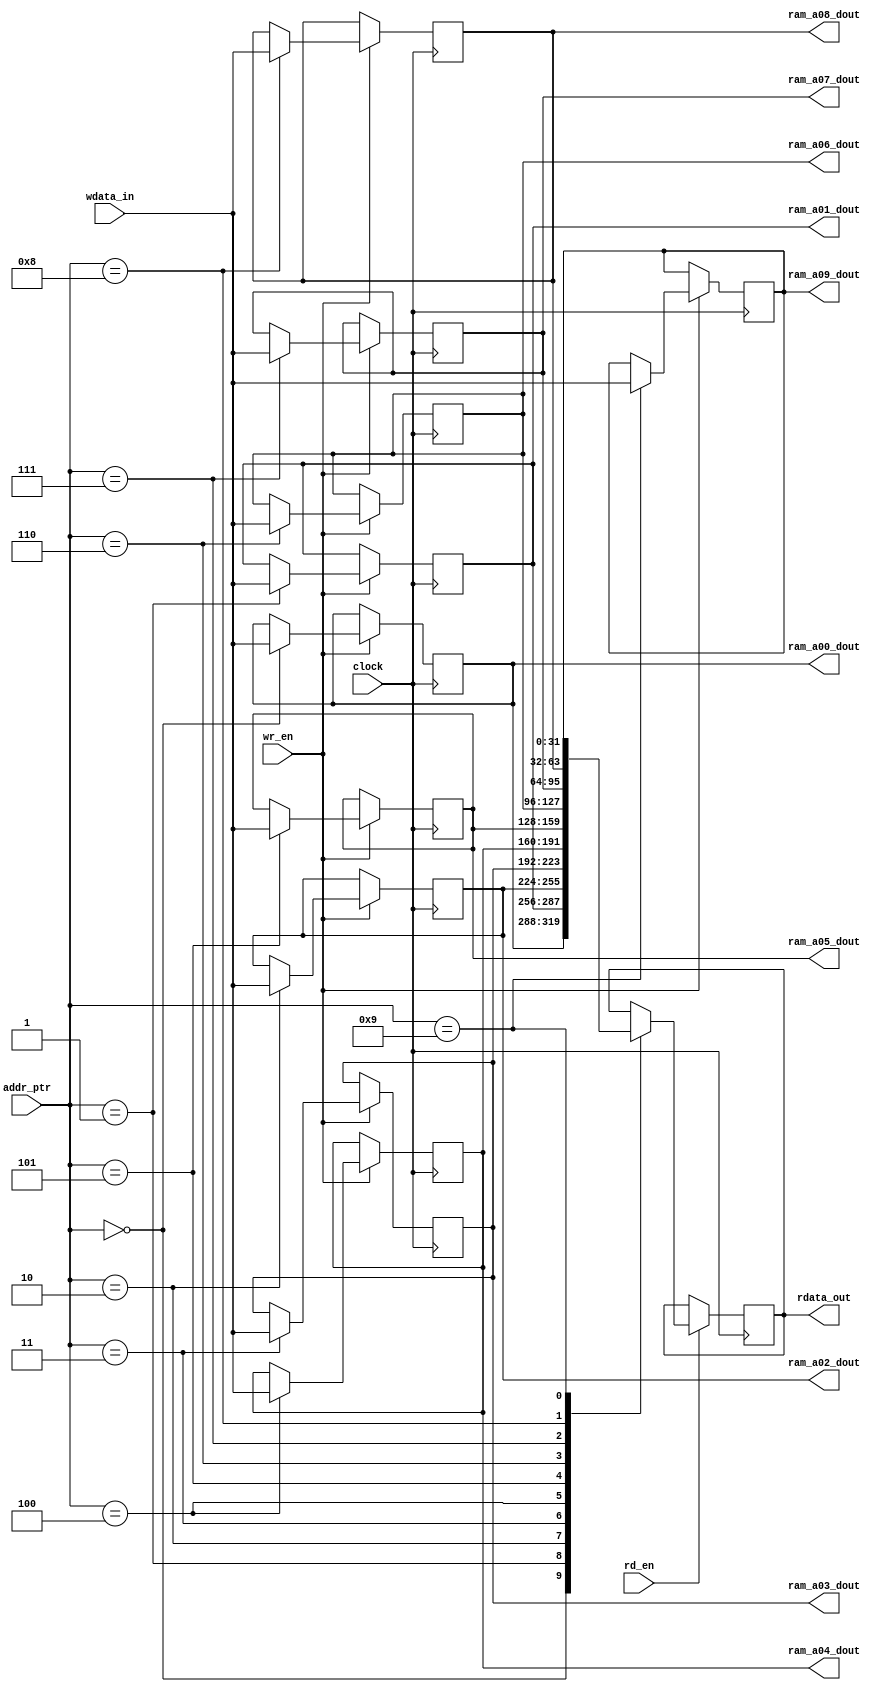


module uart_debug_ram #(
 //  parameter NUMBER_OF_MIF_RANGE          = 6,
 //   parameter ROM_DEPTH_FOR_EACH_MIF_RANGE = 7,			      
    parameter ROM_SIZE                     = 32,   
    parameter TOTAL_ROM_DEPTH              = 128, // 6*7
    parameter ADDR_WIDTH                   = 8   // alt_clogb2(42) 
) (
    clock,
    wr_en,
    rd_en,
    addr_ptr,
    wdata_in,
    rdata_out,
    ram_a00_dout,
    ram_a01_dout,
    ram_a02_dout,
    ram_a03_dout,
    ram_a04_dout,
    ram_a05_dout,
    ram_a06_dout,
    ram_a07_dout,
    ram_a08_dout,
    ram_a09_dout
    
    
);
		input            clock;
    input   				 wr_en;
    input  					 rd_en;
    input   [ADDR_WIDTH-1:0] addr_ptr;
    input   [ROM_SIZE-1:0]   wdata_in;
    output  [ROM_SIZE-1:0]   rdata_out;
    output  [ROM_SIZE-1:0] 	 ram_a00_dout;
    output  [ROM_SIZE-1:0] 	 ram_a01_dout;
    output  [ROM_SIZE-1:0] 	 ram_a02_dout;
    output  [ROM_SIZE-1:0] 	 ram_a03_dout;
    output  [ROM_SIZE-1:0] 	 ram_a04_dout;
    output  [ROM_SIZE-1:0] 	 ram_a05_dout;
    output  [ROM_SIZE-1:0] 	 ram_a06_dout;
    output  [ROM_SIZE-1:0] 	 ram_a07_dout;
    output  [ROM_SIZE-1:0] 	 ram_a08_dout;
    output  [ROM_SIZE-1:0] 	 ram_a09_dout;

     
reg [ROM_SIZE-1:0]   rdata_out  ;
reg [ROM_SIZE-1:0] 	 ram_a00_dout = 32'h8900_0000;
reg [ROM_SIZE-1:0] 	 ram_a01_dout = 32'h8000_0000;
reg [ROM_SIZE-1:0] 	 ram_a02_dout = 32'h0080_0080;
reg [ROM_SIZE-1:0] 	 ram_a03_dout = 32'h0000_0000;//mirror 8'h00 = passthrough 8'h01 : h_mirror ; 8'h2 : v_mirror ; 8'h03 : center_mirror;
reg [ROM_SIZE-1:0] 	 ram_a04_dout = 32'h0600_0000;
reg [ROM_SIZE-1:0] 	 ram_a05_dout = 32'h1000_0000;
reg [ROM_SIZE-1:0] 	 ram_a06_dout = 32'h2c00_0000;
reg [ROM_SIZE-1:0] 	 ram_a07_dout = 32'h1600_0000;
reg [ROM_SIZE-1:0] 	 ram_a08_dout = 32'h2e00_0000;
reg [ROM_SIZE-1:0] 	 ram_a09_dout = 32'h5800_0000;


always @( posedge clock )
begin
		if( wr_en ) begin
				case( addr_ptr )
					7'h00 : begin	ram_a00_dout <= wdata_in;	end 
					7'h01 : begin	ram_a01_dout <= wdata_in;	end
					7'h02 : begin	ram_a02_dout <= wdata_in;	end 
					7'h03 : begin	ram_a03_dout <= wdata_in;	end 
					7'h04 : begin	ram_a04_dout <= wdata_in;	end 
					7'h05 : begin	ram_a05_dout <= wdata_in;	end 
					7'h06 : begin	ram_a06_dout <= wdata_in;	end 
					7'h07 : begin	ram_a07_dout <= wdata_in;	end 
					7'h08 : begin	ram_a08_dout <= wdata_in;	end 
					7'h09 : begin	ram_a09_dout <= wdata_in;	end 
					default:;
				endcase
		end
end

always @( posedge clock )
begin
		if( rd_en ) begin
				case( addr_ptr )
					7'h00 : begin	rdata_out <= ram_a00_dout;	end 
					7'h01 : begin	rdata_out <= ram_a01_dout;	end
					7'h02 : begin	rdata_out <= ram_a02_dout;	end 
					7'h03 : begin	rdata_out <= ram_a03_dout;	end 
					7'h04 : begin	rdata_out <= ram_a04_dout;	end 
					7'h05 : begin	rdata_out <= ram_a05_dout;	end 
					7'h06 : begin	rdata_out <= ram_a06_dout;	end 
					7'h07 : begin	rdata_out <= ram_a07_dout;	end 
					7'h08 : begin	rdata_out <= ram_a08_dout;	end 
					7'h09 : begin	rdata_out <= ram_a09_dout;	end 
					default:;
				endcase
		end
end



endmodule